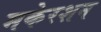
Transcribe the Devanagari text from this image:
मकेरशन